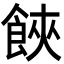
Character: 𩛩